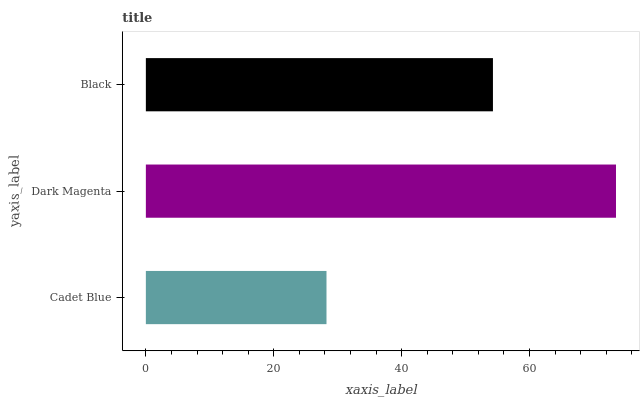
| yaxis_label | bars |
 | --- | --- |
 | Cadet Blue | 28.3 |
 | Dark Magenta | 73.5 |
 | Black | 54.3 |